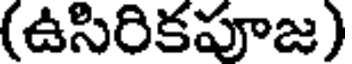
(ఉసిరికపూజ)